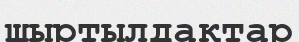
шыртылдақтар